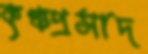
কৃঞ্চপ্রসাদ